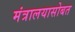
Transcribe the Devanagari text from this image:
मंत्रालयासोबत